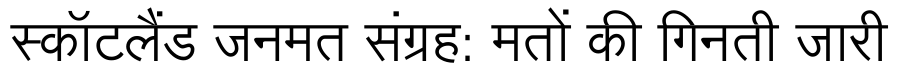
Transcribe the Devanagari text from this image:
स्कॉटलैंड जनमत संग्रह: मतों की गिनती जारी